Plague in India, 1896, 1897 - Volume 2
Year: 1896
Disease focus: Plague
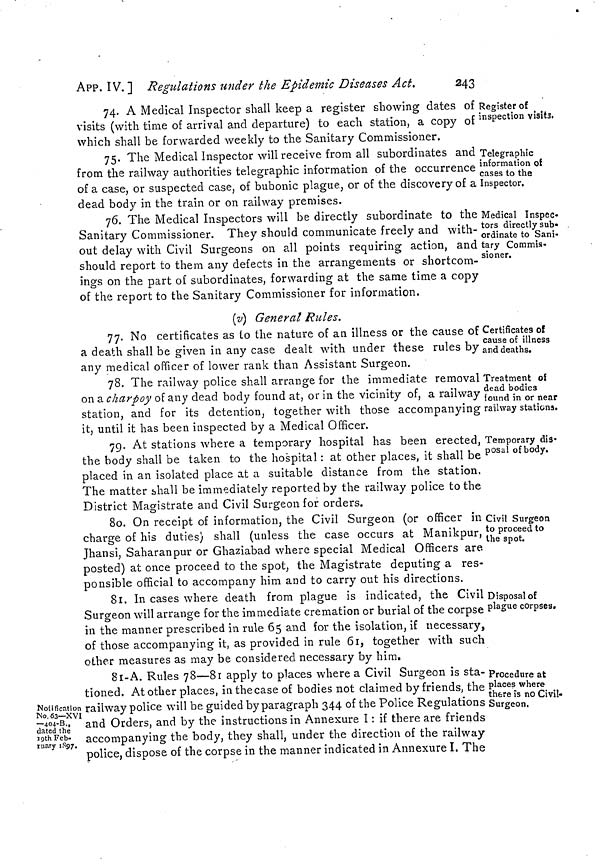
243
APP. IV. ] Regulations under the Epidemic Diseases Act.
Register of
inspection visits.
74. A Medical Inspector shall keep a register showing dates of
visits (with time of arrival and departure) to each station, a copy of
which shall be forwarded weekly to the Sanitary Commissioner.
Telegraphic
information oí
cases to the
Inspector.
75. The Medical Inspector will receive from all subordinates and
from the railway authorities telegraphic information of the occurrence
of a case, or suspected case, of bubonic plague, or of the discovery of a
dead body in the train or on railway premises.
Medical Inspec-
tors directly sub»
ordinate to Sani-
tary Commis-
sioner.
76. The Medical Inspectors will be directly subordinate to the
Sanitary Commissioner. They should communicate freely and with-
out delay with Civil Surgeons on all points requiring action, and
should report to them any defects in the arrangements or shortcom-
ings on the part of subordinates, forwarding at the same time a copy
of the report to the Sanitary Commissioner for information.
(v) General Rules.
Certificates of
cause of illness
and deaths.
77. No certificates as to the nature of an illness or the cause of
a death shall be given in any case dealt with under these rules by
any medical officer of lower rank than Assistant Surgeon.
Treatment of
dead bodies
found in or near
railway stations.
78. The railway police shall arrange for the immediate removal
on a charpoy of any dead body found at, or in the vicinity of, a railway
station, and for its detention, together with those accompanying
it, until it has been inspected by a Medical Officer.
Temporary dis-
posal of body.
79. At stations where a temporary hospital has been erected,
the body shall be taken to the hospital : at other places, it shall be
placed in an isolated place at a suitable distance from the station,
The matter shall be immediately reported by the railway police to the
District Magistrate and Civil Surgeon for orders.
Civil Surgeon
to proceed to
the spot.
80. On receipt of information, the Civil Surgeon (or officer in
charge of his duties) shall (unless the case occurs at Manikpur, '
Jhansi, Saharanpur or Ghaziabad where special Medical Officers are.
posted) at once proceed to the spot, the Magistrate deputing a res-
ponsible official to accompany him and to carry out his directions.
Disposal of
plague corpses.
81. In cases where death from plague is indicated, the Civil
Surgeon will arrange for the immediate cremation or burial of the corpse
in the manner prescribed in rule 65 and for the isolation, if necessary,
of those accompanying it, as provided in rule 61, together with such
other measures as may be considered necessary by him.
Procedure at
places where
there is no Civil-
Surgeon.
Notification
No. 63—XVI
—404-B.,
dated the
19th Feb-
ruary 1897.
81-A. Rules 78—81 apply to places where a Civil Surgeon is sta-
tioned. At other places, in the case of bodies not claimed by friends, the
railway police will be guided by paragraph 344 of the Police Regulations
and Orders, and by the instructions in Annexure I : if there are friends
accompanying the body, they shall, under the direction of the railway
police, dispose of the corpse in the manner indicated in Annexure I. The